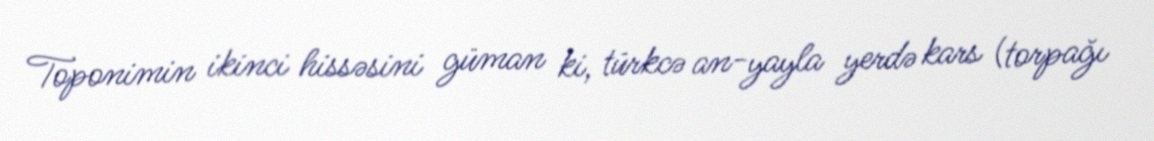
Toponimin ikinci hissəsini güman ki, türkcə an-yayla yerdə kars (torpağı